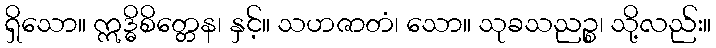
ရှိသော။ ဣဒ္ဓိစိတ္တေန၊ နှင့်။ သဟဇာတံ၊ သော။ သုခသညဉ္စ၊ သို့လည်း။